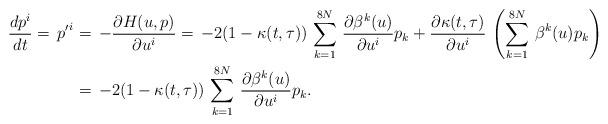
LaTeX: \begin{align*} \frac{d p^i}{dt}=\,{p'}^i & =\,-\frac{\partial H(u,p)}{\partial u^i} =\,-2(1-\kappa(t,\tau))\,\sum^{8N}_{k=1}\,\frac{\partial \beta^k(u)}{\partial u^i}p_k +\frac{\partial\kappa(t,\tau)}{\partial u^i}\,\left(\sum^{8N}_{k=1}\,\beta^k(u)p_k\right)\\ & = \,-2(1-\kappa(t,\tau))\,\sum^{8N}_{k=1}\,\frac{\partial \beta^k(u)}{\partial u^i}p_k. \end{align*}